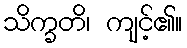
သိက္ခတိ၊ ကျင့်၏။